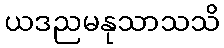
ယဒညမနုသာသသိ